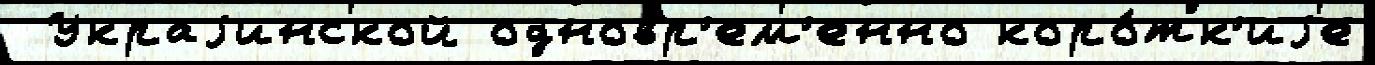
 Украjинской одновр'ем'енно коро́тк'иjе